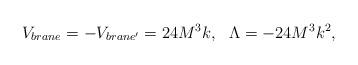
LaTeX: \begin{align*}V_{brane} = - V_{brane'} = 24 M^3 k, ~~ \Lambda = - 24 M^3 k^2,\end{align*}